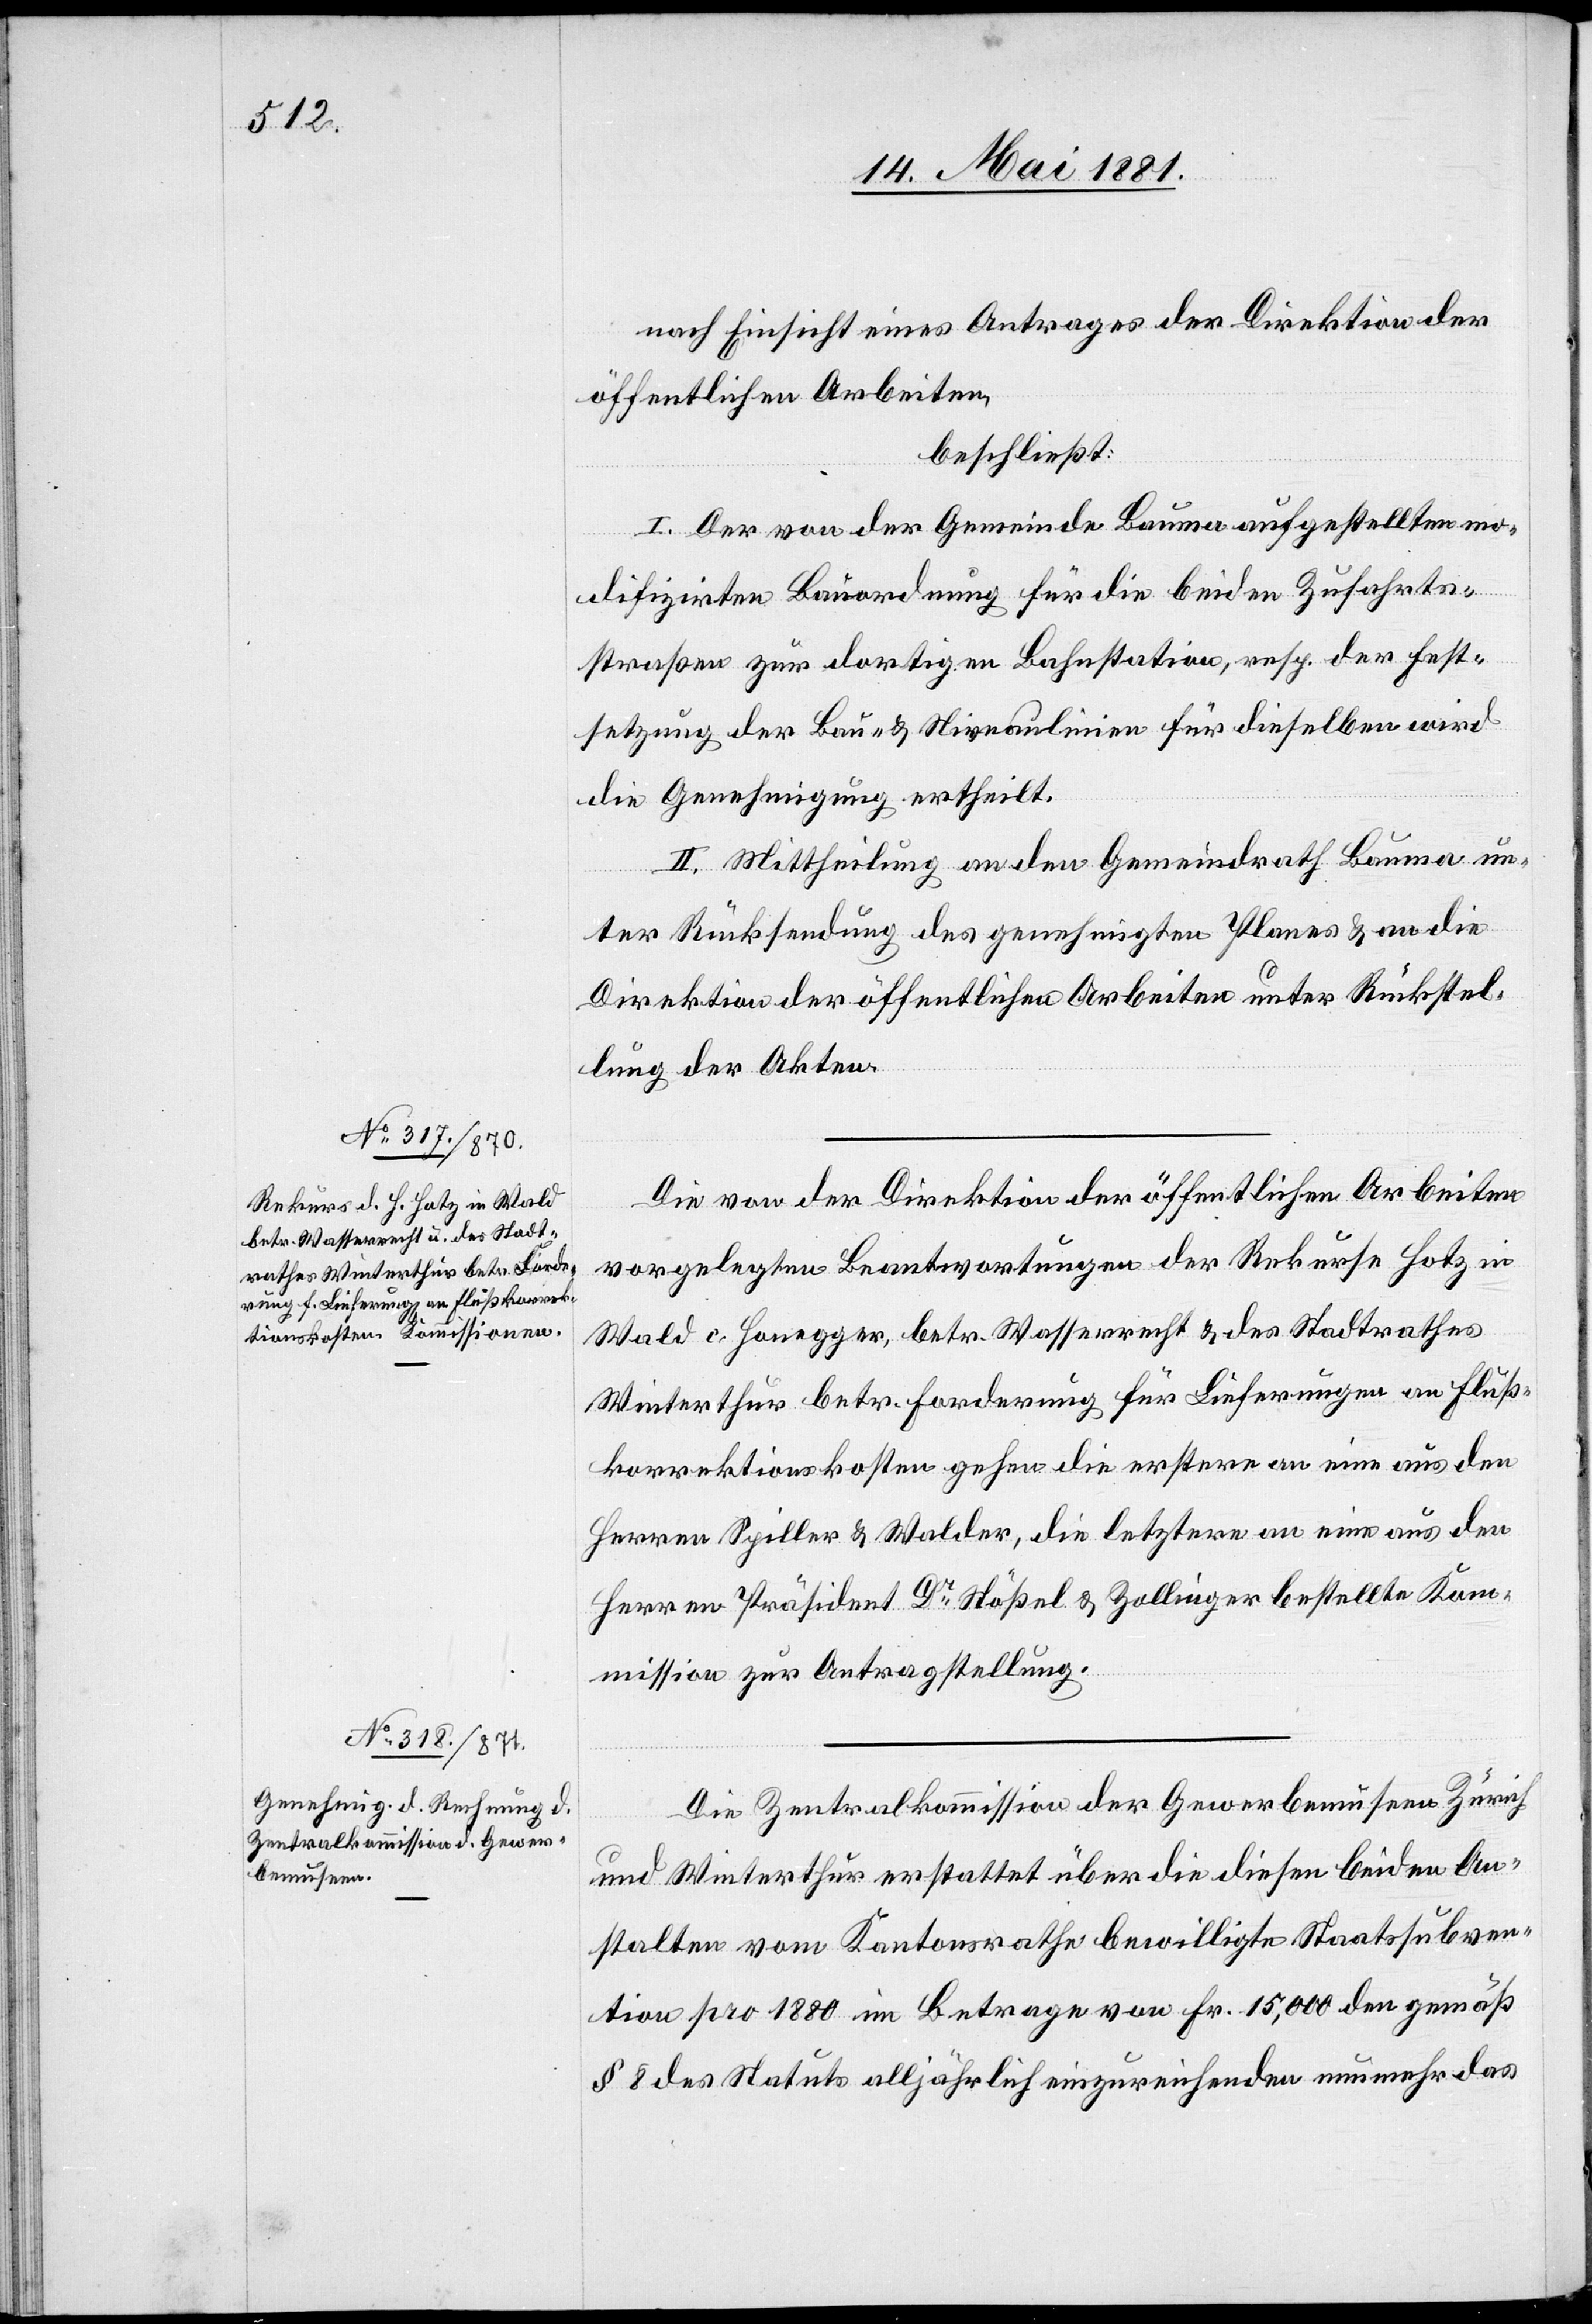
nach Einsicht eines Antrages der Direktion der
öffentlichen Arbeiten,
beschließt:
I. Der von der Gemeinde Bauma aufgestellten mo¬
difizirten Bauordnungen für die beiden Zufahrts¬
straßen zur dortigen Bahnstation, resp. der Fest¬
setzung der Bau- & Niveaulinien für dieselben wird
die Genehmigung ertheilt.
II. Mittheilung an den Gemeindrath Bauma un¬
ter Rücksendung des genehmigten Planes & an die
Direktion der öffentlichen Arbeiten unter Rückstel¬
lung der Akten.
Die von der Direktion der öffentlichen Arbeiten
vorgelegten Beantwortungen der Rekurse Hotz in
Wald c. Honegger, betr. Wasserrecht & des Stadtrathes
Winterthur betr. Forderung für Lieferungen an Fluß¬
korrektionskosten gehen die erstere an eine aus den
Herren Spiller & Walder, die letztere an eine aus den
Herren Präsident Dr Stößel & Zollinger bestellte Kom¬
mission zur Antragstellung.
Die Zentralkommission der Gewerbemuseen Zürich
und Winterthur erstattet über die diesen beiden An¬
stalten vom Kantonsrath bewilligte Staatssubven¬
tion pro 1880 im Betrage von Fr. 15,000 den gemäß
§ 8 des Statuts alljährlich einzureichenden nunmehr das